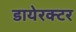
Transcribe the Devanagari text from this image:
डायेरक्टर